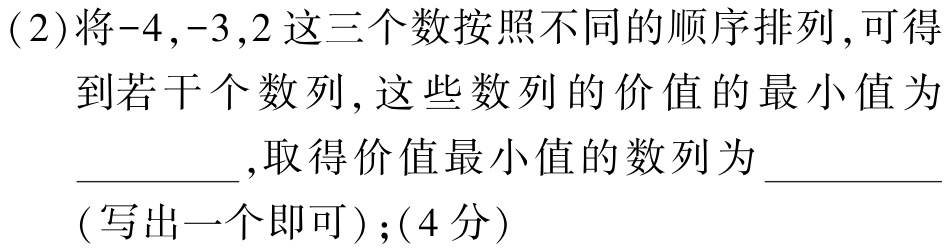
(2)将\(-4\)，\(-3\)，\(2\)这三个数按照不同的顺序排列，可得到若干个数列，这些数列的价值的最小值为  ，取得价值最小值的数列为  (写出一个即可)；(4分)